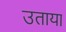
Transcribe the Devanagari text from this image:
उताया